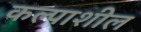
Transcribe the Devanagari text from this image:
कल्पाशील